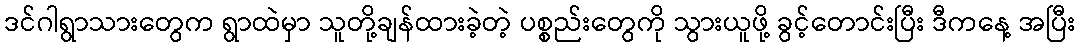
ဒင်ဂါရွာသားတွေက ရွာထဲမှာ သူတို့ချန်ထားခဲ့တဲ့ ပစ္စည်းတွေကို သွားယူဖို့ ခွင့်တောင်းပြီး ဒီကနေ့ အပြီး